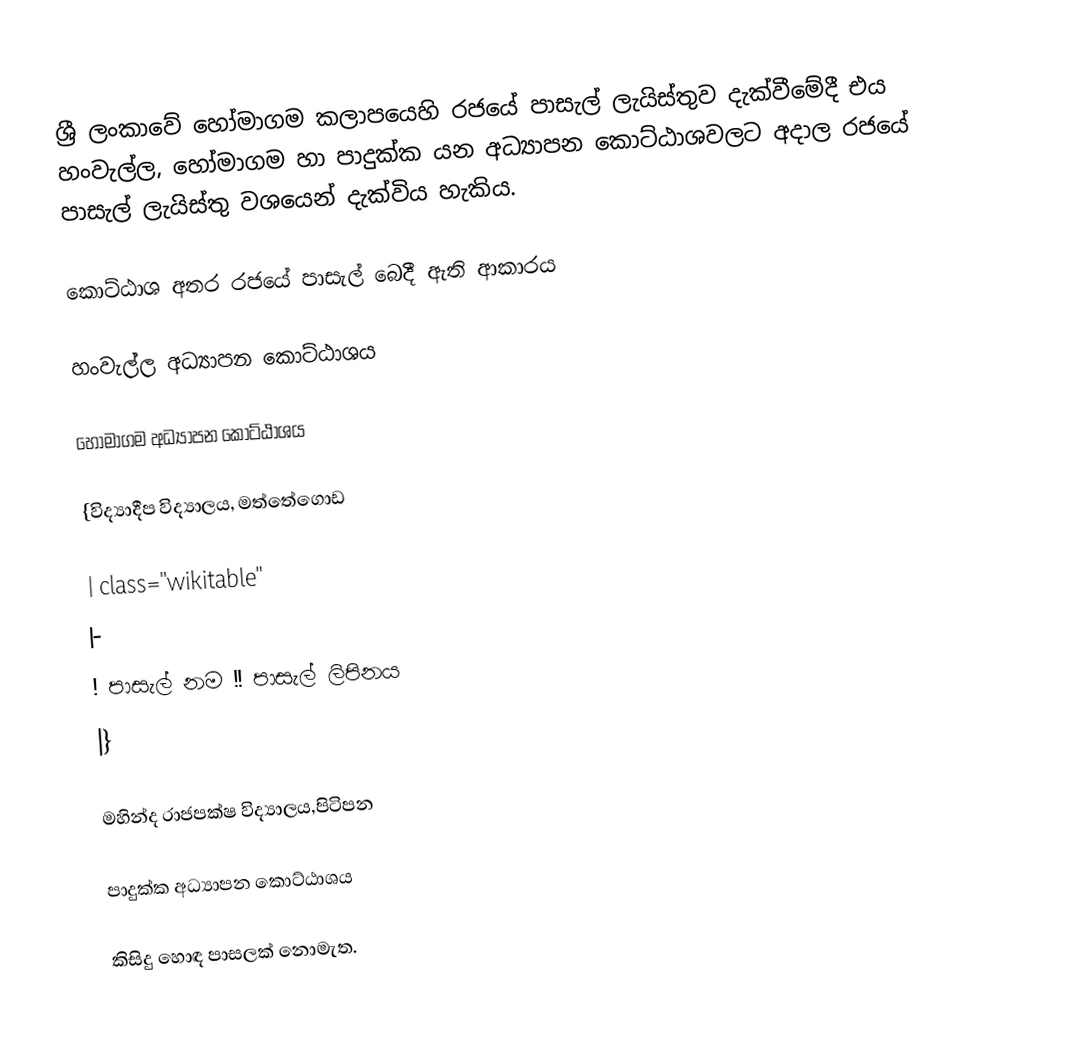
ශ්‍රී ලංකාවේ හෝමාගම කලාපයෙහි රජයේ පාසැල් ලැයිස්තුව  දැක්වීමේදී  එය හංවැල්ල, හෝමාගම හා පාදුක්ක  යන අධ්‍යාපන කොට්ඨාශවලට අදාල රජයේ පාසැල් ලැයිස්තු වශයෙන් දැක්විය හැකිය.

කොට්ඨාශ අතර රජයේ පාසැල් ‍බෙදී ඇති ආකාරය

හංවැල්ල අධ්‍යාපන කොට්ඨාශය

හෝමාගම අධ්‍යාපන කොට්ඨාශය

{විද්‍යාදීප විද්‍යාලය, මත්තේගොඩ

| class="wikitable"
|-
! පාසැල් නම !! පාසැල් ලිපිනය
|}

මහින්ද රාජපක්ෂ විද්‍යාලය,පිටිපන

පාදුක්ක  අධ්‍යාපන කොට්ඨාශය

කිසිදු හොඳ පාසලක් නොමැත.